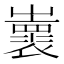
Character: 𡾨